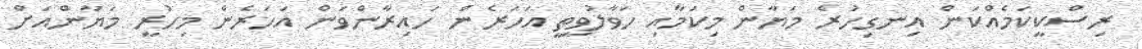
ރިސްކީކަމެއްކަން އިނގިހުރެ މަޔާން މިކަމާއި ހަވާލުވީތީ އަހަރެން ހައިރާންވަން އަހަރެން މިހުރީ މަޔާންއަށް